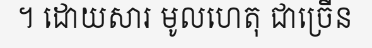
។ ដោយសារ មូលហេតុ ជាច្រើន